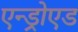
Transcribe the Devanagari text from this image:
एन्ड्रोएड